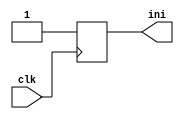
module init(input wire clk, output reg ini);
    //-- Registro de 1 bit inicializa a 0 (solo para simulacion)
    //-- Al sintetizarlo siempre estará a cero con independencia
    //-- del valor al que lo pongamos
    reg ini = 0;

    //-- En flanco de subida sacamos un "1" por la salida
    always @(posedge(clk))
        ini <= 1;

endmodule